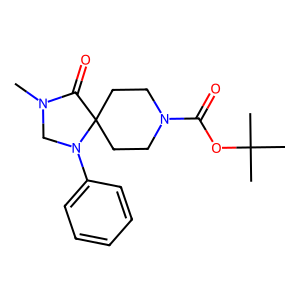
SMILES: CN1CN(c2ccccc2)C2(CCN(C(=O)OC(C)(C)C)CC2)C1=O
Inhibits HIV replication: No